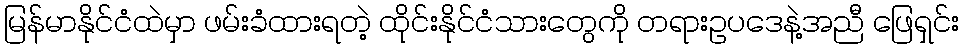
မြန်မာနိုင်ငံထဲမှာ ဖမ်းခံထားရတဲ့ ထိုင်းနိုင်ငံသားတွေကို တရားဥပဒေနဲ့အညီ ဖြေရှင်း